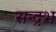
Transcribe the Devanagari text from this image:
सन्द्रभ